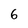
Character: 6